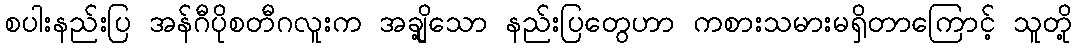
စပါးနည်းပြ အန်ဂီပိုစတီဂလူးက အချို့သော နည်းပြတွေဟာ ကစားသမားမရှိတာကြောင့် သူတို့